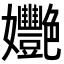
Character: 𡤸